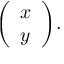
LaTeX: { \left( \begin{array} { l } { x } \\ { y } \end{array} \right) } .